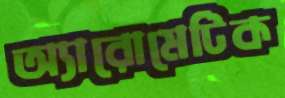
অ্যারোমেটিক